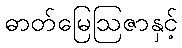
ဓာတ်မြေဩဇာနှင့်